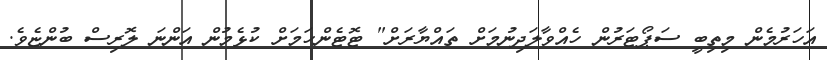
އަހަރުމެން މިތިބީ ސަޕޯޓަރުން ހެއްވާލަދިނުމަށް ތައްޔާރަށް" ޓޮޓެންހަމަށް ކުޅެމުން އަންނަ ލޮރިސް ބުންޏެވެ.